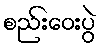
စည်းဝေးပွဲ